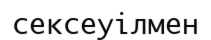
сексеуілмен